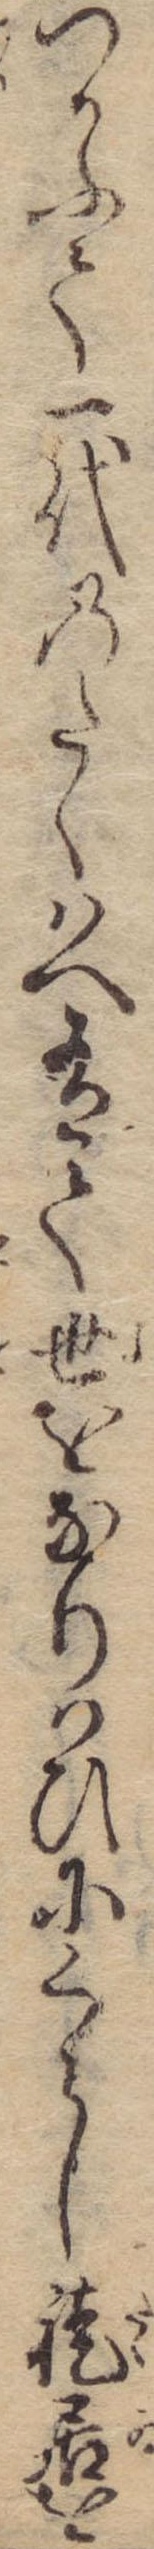
つかふて一代のたくはへ有て世をなりはひにくらし徒居を